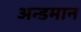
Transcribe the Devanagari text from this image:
अन्डमान